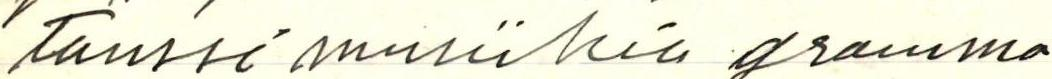
Tanssimusiikia gramma